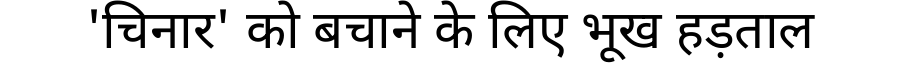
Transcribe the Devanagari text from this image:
'चिनार' को बचाने के लिए भूख हड़ताल